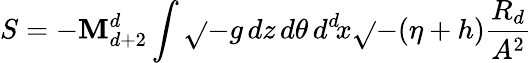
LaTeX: S=-\mathbf{M}_{d+2}^{d}\int\sqrt{}{{-g}}\, dz\, d\theta\, d^{d}\! x\sqrt{}{{-(\eta+h)}}\frac{{R_{d}}}{{A^{2}}}